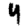
Digit: 4